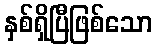
နှစ်ရှိပြီဖြစ်သော